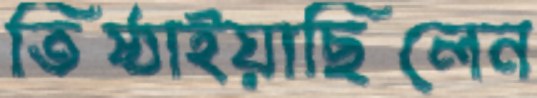
তিষ্ঠাইয়াছিলেন